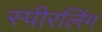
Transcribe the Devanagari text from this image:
स्पीरलिंग